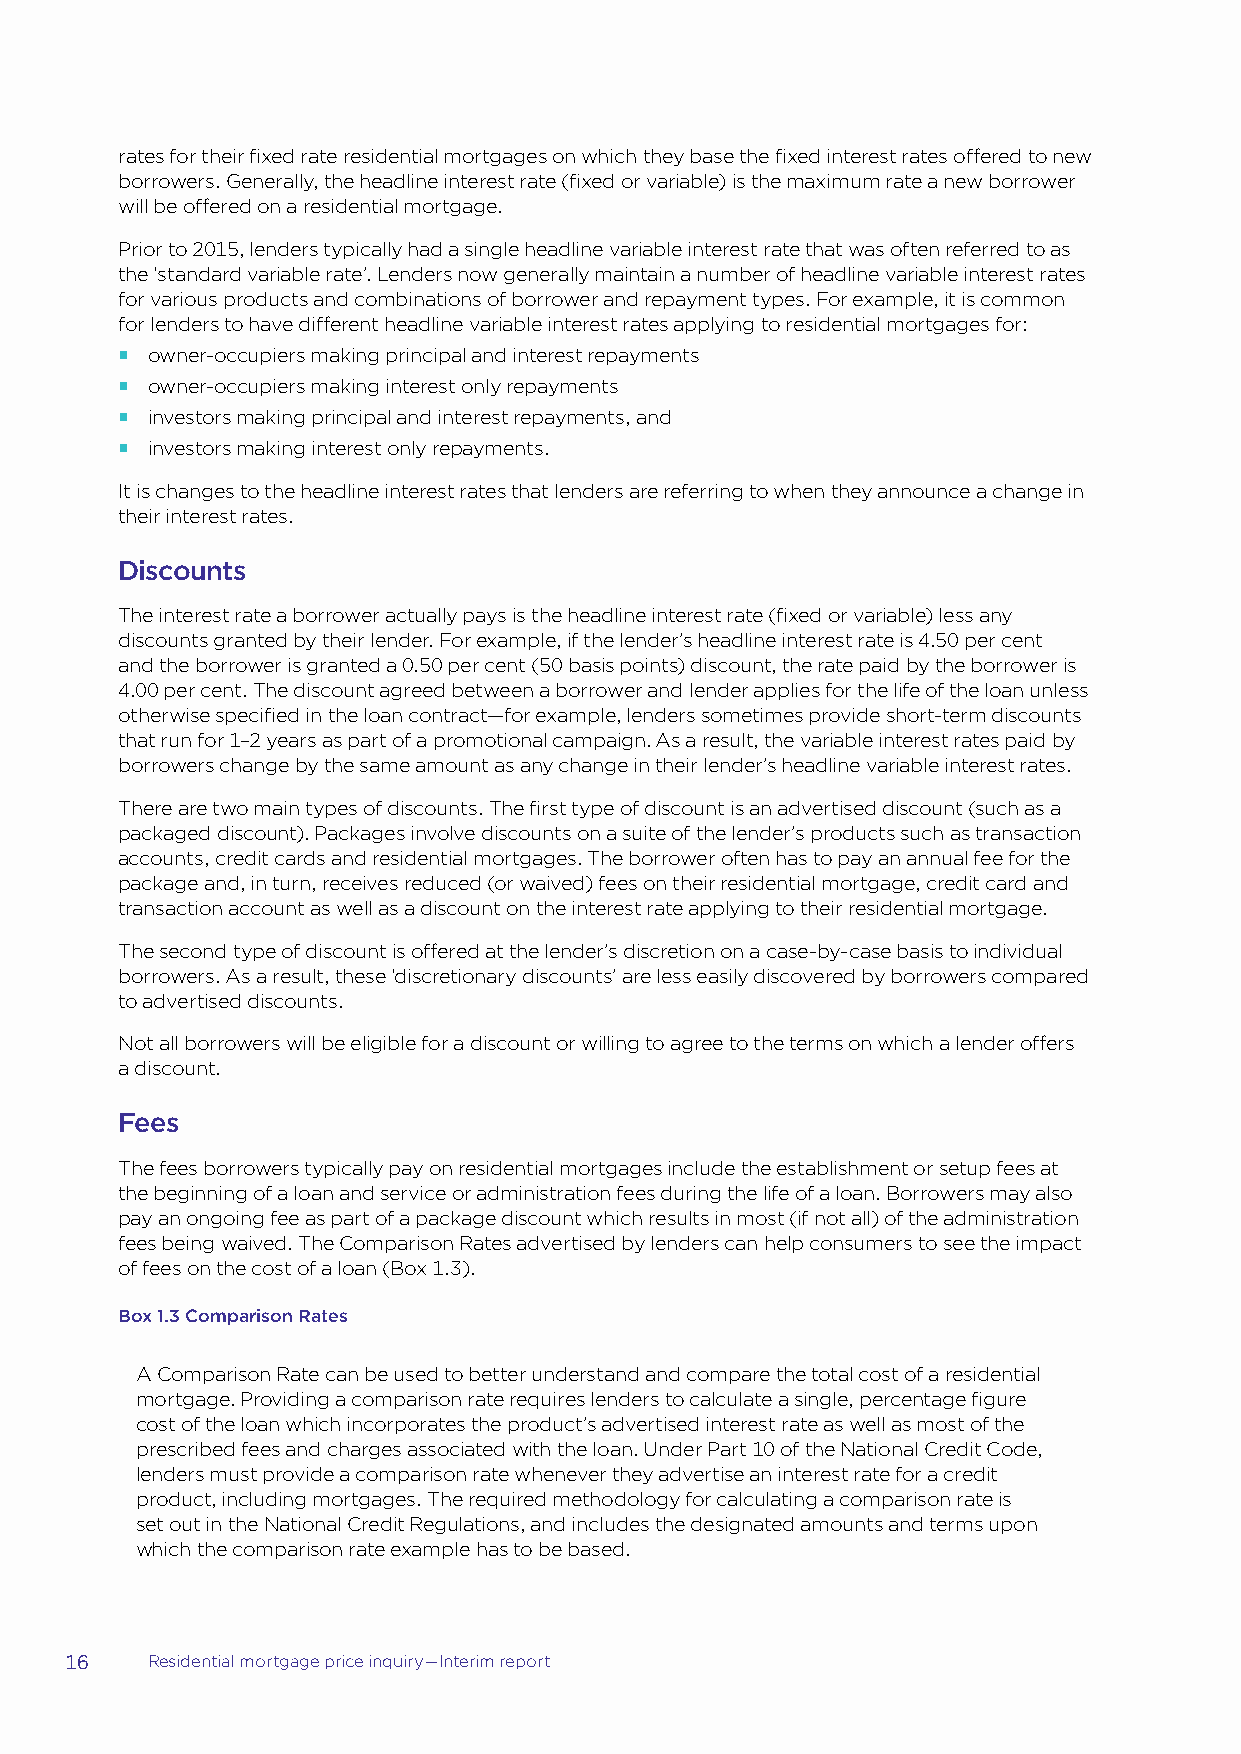
rates for their fixed rate residential mortgages on which they base the fixed interest rates offered to new
 borrowers. Generally, the headline interest rate (fixed or variable) is the maximum rate a new borrower
 will be offered on a residential mortgage.
 Prior to 2015, lenders typically had a single headline variable interest rate that was often referred to as
 the ‘standard variable rate’. Lenders now generally maintain a number of headline variable interest rates
 for various products and combinations of borrower and repayment types. For example, it is common
 for lenders to have different headline variable interest rates applying to residential mortgages for:
 owner-occupiers making principal and interest repayments
 owner-occupiers making interest only repayments
 investors making principal and interest repayments, and
 investors making interest only repayments.
 It is changes to the headline interest rates that lenders are referring to when they announce a change in
 their interest rates.
 Discounts
 The interest rate a borrower actually pays is the headline interest rate (fixed or variable) less any
 discounts granted by their lender. For example, if the lender’s headline interest rate is 4.50 per cent
 and the borrower is granted a 0.50 per cent (50 basis points) discount, the rate paid by the borrower is
 4.00 per cent. The discount agreed between a borrower and lender applies for the life of the loan unless
 otherwise specified in the loan contract—for example, lenders sometimes provide short-term discounts
 that run for 1–2 years as part of a promotional campaign. As a result, the variable interest rates paid by
 borrowers change by the same amount as any change in their lender’s headline variable interest rates.
 There are two main types of discounts. The first type of discount is an advertised discount (such as a
 packaged discount). Packages involve discounts on a suite of the lender’s products such as transaction
 accounts, credit cards and residential mortgages. The borrower often has to pay an annual fee for the
 package and, in turn, receives reduced (or waived) fees on their residential mortgage, credit card and
 transaction account as well as a discount on the interest rate applying to their residential mortgage.
 The second type of discount is offered at the lender’s discretion on a case-by-case basis to individual
 borrowers. As a result, these ‘discretionary discounts’ are less easily discovered by borrowers compared
 to advertised discounts.
 Not all borrowers will be eligible for a discount or willing to agree to the terms on which a lender offers
 a discount.
 Fees
 The fees borrowers typically pay on residential mortgages include the establishment or setup fees at
 the beginning of a loan and service or administration fees during the life of a loan. Borrowers may also
 pay an ongoing fee as part of a package discount which results in most (if not all) of the administration
 fees being waived. The Comparison Rates advertised by lenders can help consumers to see the impact
 of fees on the cost of a loan (Box 1.3).
 Box 1.3 Comparison Rates
 A Comparison Rate can be used to better understand and compare the total cost of a residential
 mortgage. Providing a comparison rate requires lenders to calculate a single, percentage figure
 cost of the loan which incorporates the product’s advertised interest rate as well as most of the
 prescribed fees and charges associated with the loan. Under Part 10 of the National Credit Code,
 lenders must provide a comparison rate whenever they advertise an interest rate for a credit
 product, including mortgages. The required methodology for calculating a comparison rate is
 set out in the National Credit Regulations, and includes the designated amounts and terms upon
 which the comparison rate example has to be based.
 16    Residential mortgage price inquiry—Interim report